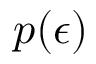
p ( \epsilon )